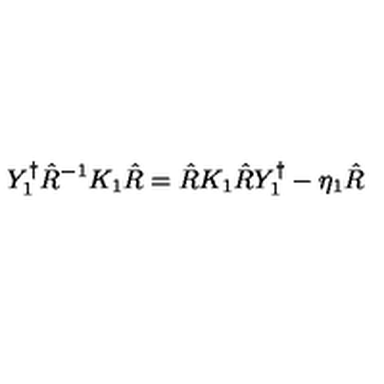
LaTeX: Y _ { 1 } ^ { \dagger } \hat { R } ^ { - 1 } K _ { 1 } \hat { R } = \hat { R } K _ { 1 } \hat { R } Y _ { 1 } ^ { \dagger } - \eta _ { 1 } \hat { R }